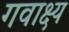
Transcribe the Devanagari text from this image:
गवाक्ष्य